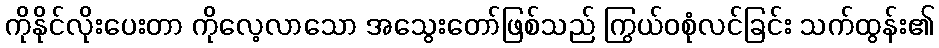
ကိုနိုင်လိုးပေးတာ ကိုလေ့လာသော အသွေးတော်ဖြစ်သည် ကြွယ်ဝစုံလင်ခြင်း သက်ထွန်း၏